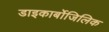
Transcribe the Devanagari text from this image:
डाइकार्बोजिलिक